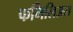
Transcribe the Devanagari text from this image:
फमिलिअस